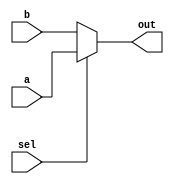

module ShifterMUX( a, b, sel, out );

input a, b, sel ;
output out ;
wire out ;

assign out = sel ? a : b ;

endmodule